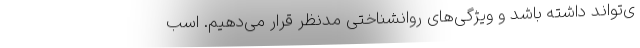
ی‌تواند داشته باشد و ویژگی‌های روانشناختی مدنظر قرار می‌دهیم. اسب